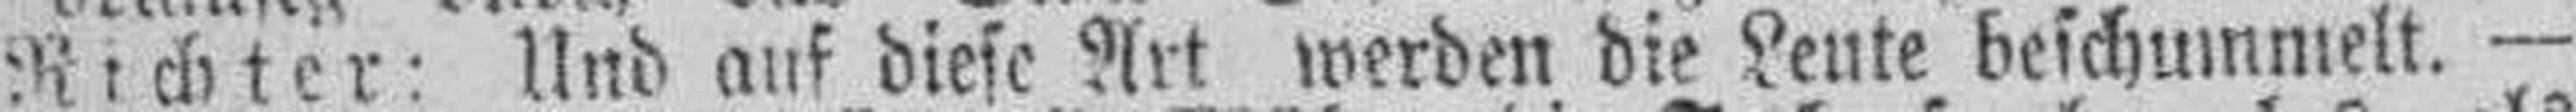
Richter: Und auf diese Art werden die Leute beschummelt. —